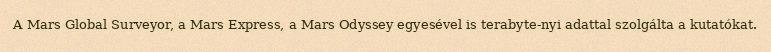
A Mars Global Surveyor, a Mars Express, a Mars Odyssey egyesével is terabyte-nyi adattal szolgálta a kutatókat.